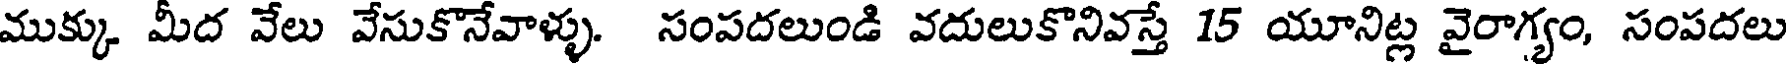
ముక్కు మీద వేలు వేసుకొనేవాళ్ళు. సంపదలుండి వదులుకొనివస్తే 15 యూనిట్ల వైరాగ్యం, సంపదలు